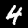
Label: 4